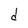
Character: d